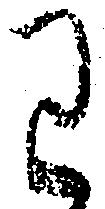
わ